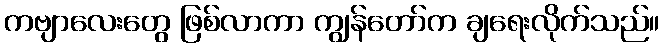
ကဗျာလေးတွေ ဖြစ်လာကာ ကျွန်တော်က ချရေးလိုက်သည်။